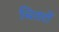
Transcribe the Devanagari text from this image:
चितरों